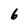
Character: 6